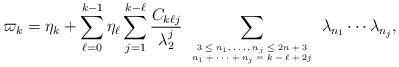
LaTeX: \begin{align*}\varpi_k=\eta_k+\sum_{\ell=0}^{k-1}\eta_\ell\sum_{j=1}^{k-\ell}\frac{C_{k\ell j}}{\lambda_{2}^j}\sum_{{\mbox{\tiny$\begin{array}{c}3\leq n_1,\ldots,n_j\leq 2n+3\\n_1+\cdots+n_j=k-\ell+2j \end{array}$}}}\lambda_{n_1}\cdots\lambda_{n_j},\end{align*}